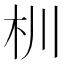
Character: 杊